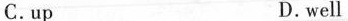
C. 'tp D. well